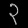
Digit: ၃